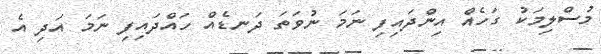
މުސްލިމަކު ގަހެއް އިންދައިފި ނަމަ ނުވަތަ ދަނޑެއް ހައްދައިފި ނަމަ އަދި އެ